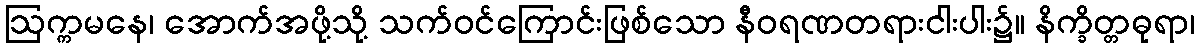
ဩက္ကမနေ၊ အောက်အဖို့သို့ သက်ဝင်ကြောင်းဖြစ်သော နီဝရဏတရားငါးပါး၌။ နိက္ခိတ္တဓုရာ၊